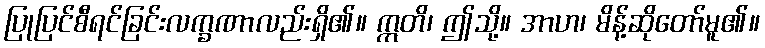
ပြုပြင်စီရင်ခြင်းလက္ခဏာလည်းရှိ၏။ ဣတိ၊ ဤသို့။ အာဟ၊ မိန့်ဆိုတော်မူ၏။